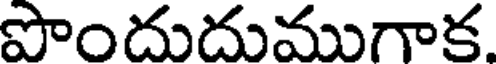
పొందుదుముగాక